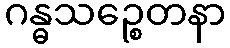
ဂန္ဓသဉ္စေတနာ